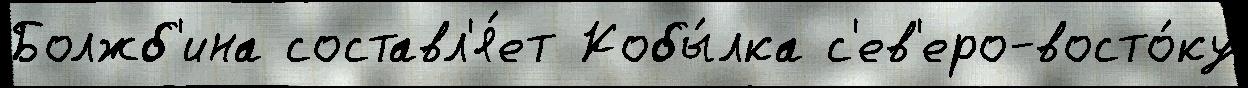
Болжб'ина составл'я́ет Кобы́лка с'ев'еро-восто́ку